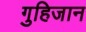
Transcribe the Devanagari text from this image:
गुहिजान